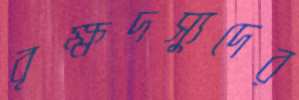
বৃক্ষদস্যুদের